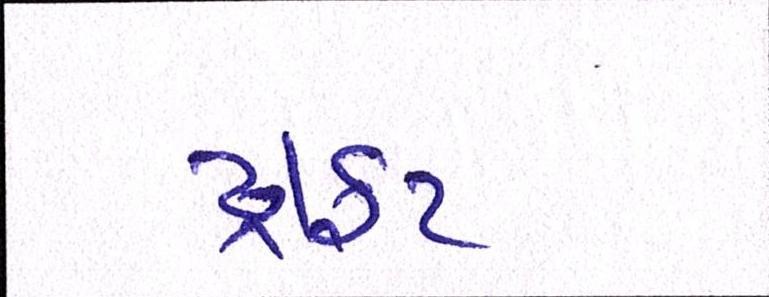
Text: ડ્રાફટ